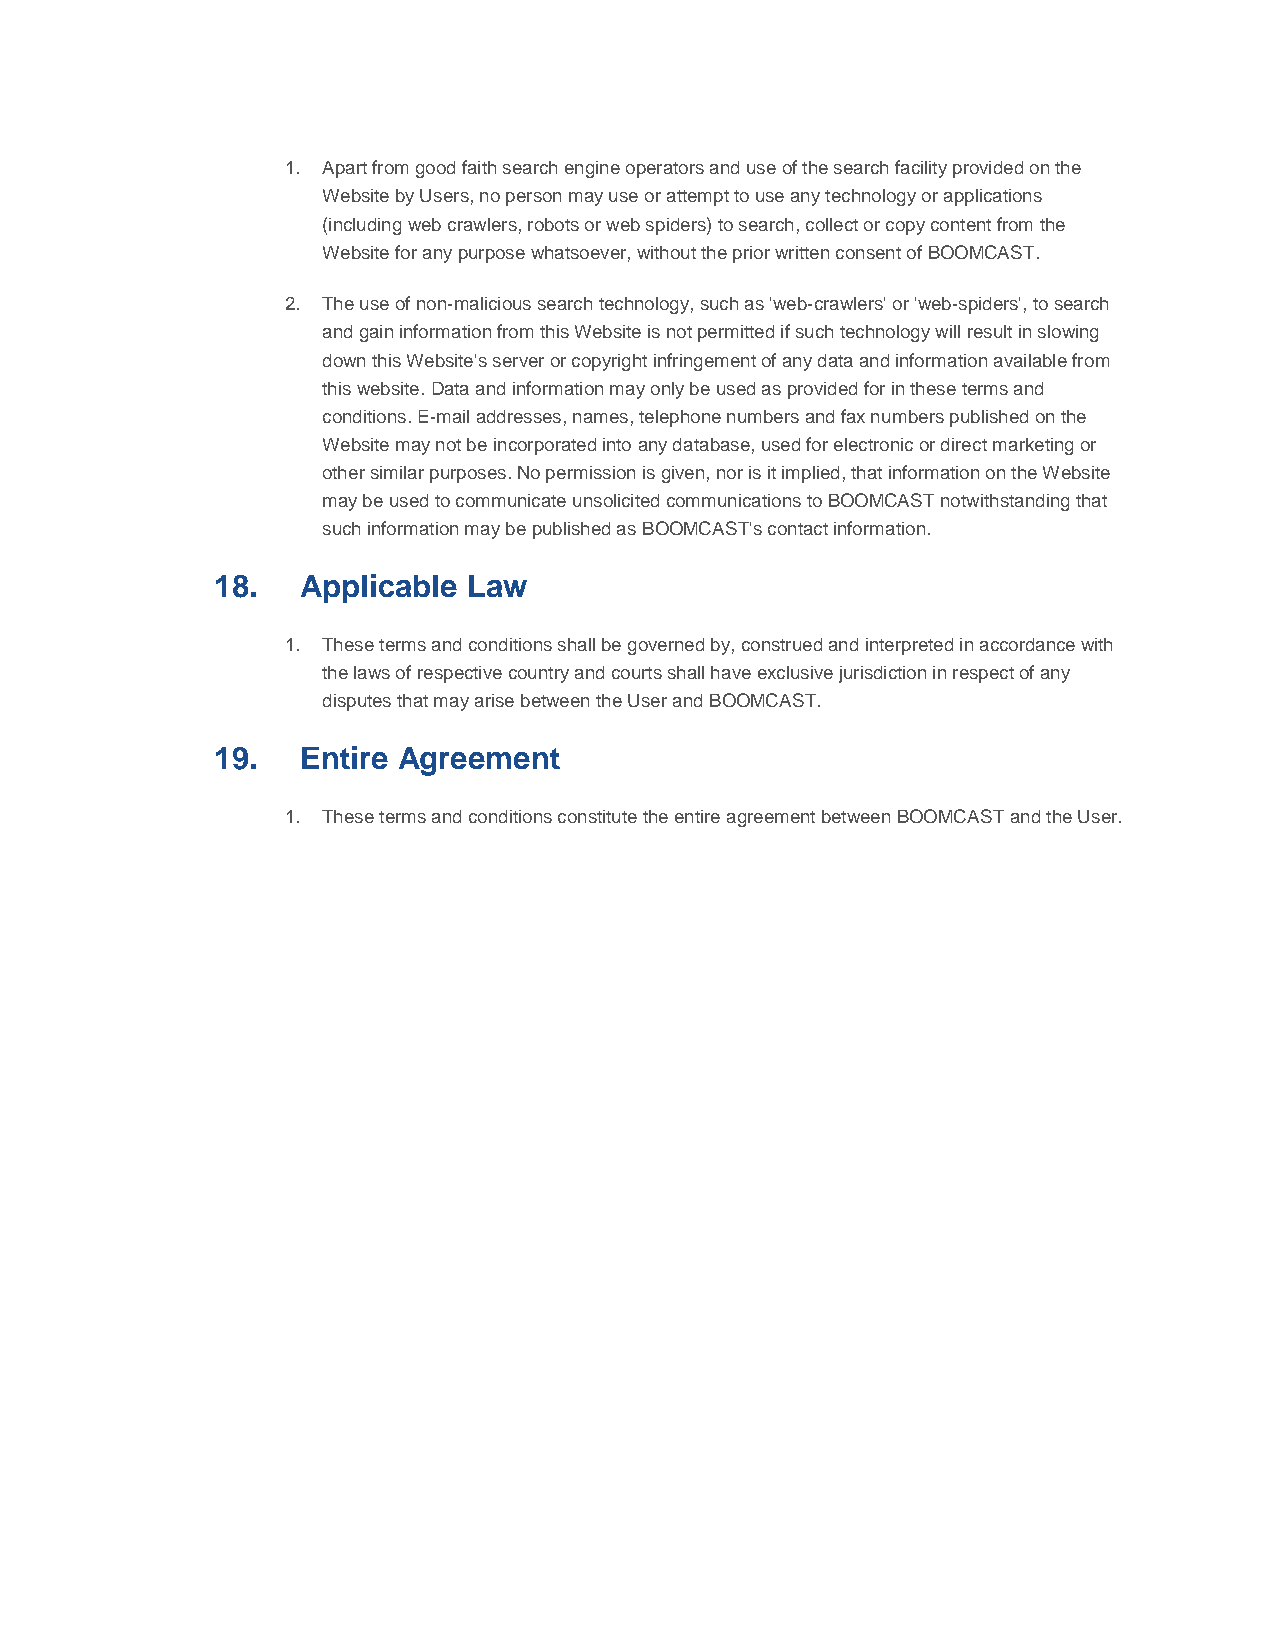
1. Apart from good faith search engine operators and use of the search facility provided on the
 Website by Users, no person may use or attempt to use any technology or applications
 (including web crawlers, robots or web spiders) to search, collect or copy content from the
 Website for any purpose whatsoever, without the prior written consent of BOOMCAST.
 2. The use of non-malicious search technology, such as 'web-crawlers' or 'web-spiders', to search
 and gain information from this Website is not permitted if such technology will result in slowing
 down this Website's server or copyright infringement of any data and information available from
 this website. Data and information may only be used as provided for in these terms and
 conditions. E-mail addresses, names, telephone numbers and fax numbers published on the
 Website may not be incorporated into any database, used for electronic or direct marketing or
 other similar purposes. No permission is given, nor is it implied, that information on the Website
 may be used to communicate unsolicited communications to BOOMCAST notwithstanding that
 such information may be published as BOOMCAST's contact information.
 18.   Applicable Law
 1. These terms and conditions shall be governed by, construed and interpreted in accordance with
 the laws of respective country and courts shall have exclusive jurisdiction in respect of any
 disputes that may arise between the User and BOOMCAST.
 19.   Entire Agreement
 1. These terms and conditions constitute the entire agreement between BOOMCAST and the User.